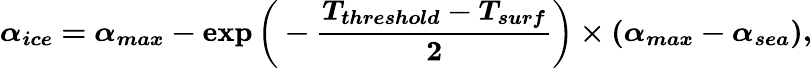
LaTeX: \boldsymbol{\alpha_{ice}=\alpha_{max}-\exp{\bigg(-\frac{T_{threshold}-T_{surf}}{2}}\bigg)\times(\alpha_{max}-\alpha_{sea}),}